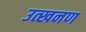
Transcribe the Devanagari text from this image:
उत्खनण